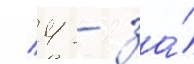
/ 4 - за́